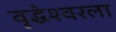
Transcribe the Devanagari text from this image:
वृद्धेश्‍वरला